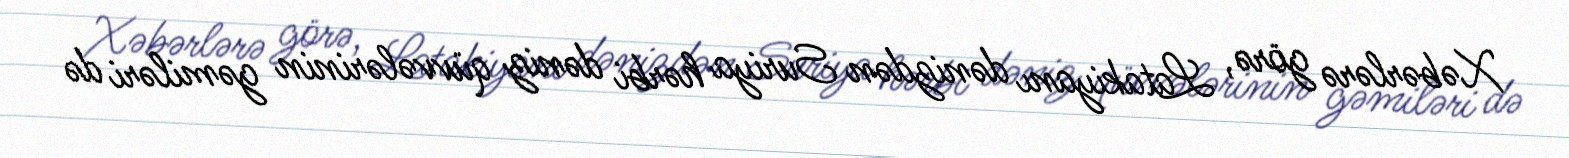
Xəbərlərə görə, Latakiyanı dənizdən Suriya hərbi dəniz qüvvələrinin gəmiləri də